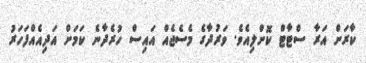
ކާރަށް އަރާ ސްޓާޓް ކޮށްލިއެވެ. ވަރުދާގެ މެސެޖެއް އައިސް ހުރެދާނެ ކަމަށް އަދިއެއްފަހަރު